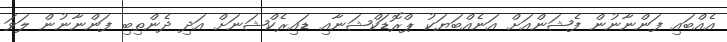
އެއްބައި ފަންނާނުން ފެޝަންއަށް އަނެއްބަޔަކު ޕްރޮޑަކްޝަނާއި ޑައިރެކްޝަނަށް އަދި ދެންތިބި ފަންނާނުން ލަވަ